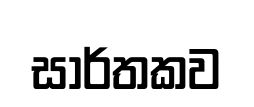
සාර්තකව